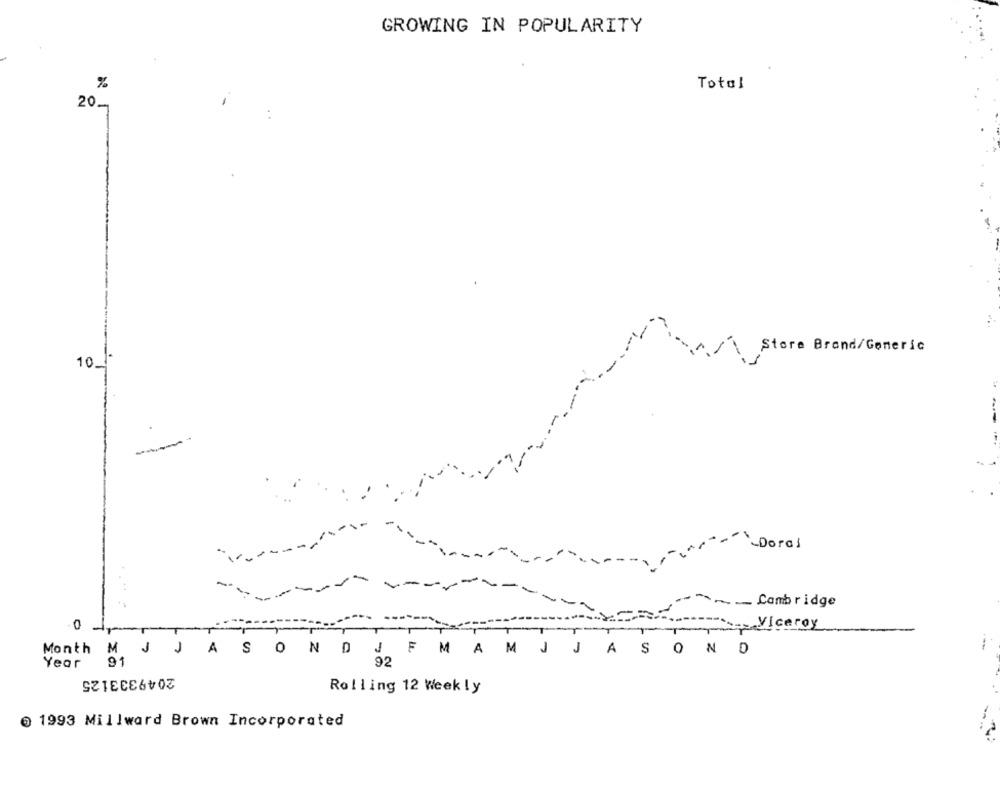
GROWING IN POPULARITY
%
Total
20-
Store Brand/Generic
101-
-Dorai
~Cambridge
0
;Viceroy
-
J
:
Month M J J A S O N D
F MAMJ JASOND
Year
91
92
2049333125
Rolling 12 Weekly
0 1993 Millward Brown Incorporated